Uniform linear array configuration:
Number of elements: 4
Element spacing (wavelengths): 0.75
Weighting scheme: exponential
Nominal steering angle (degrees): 0
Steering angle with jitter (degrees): -1.589
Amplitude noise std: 0.05
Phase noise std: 0.05

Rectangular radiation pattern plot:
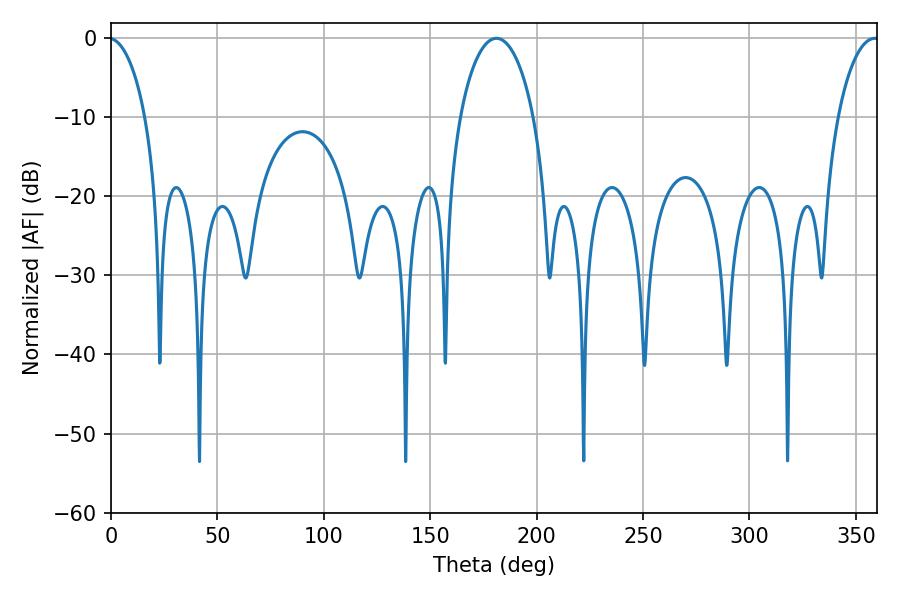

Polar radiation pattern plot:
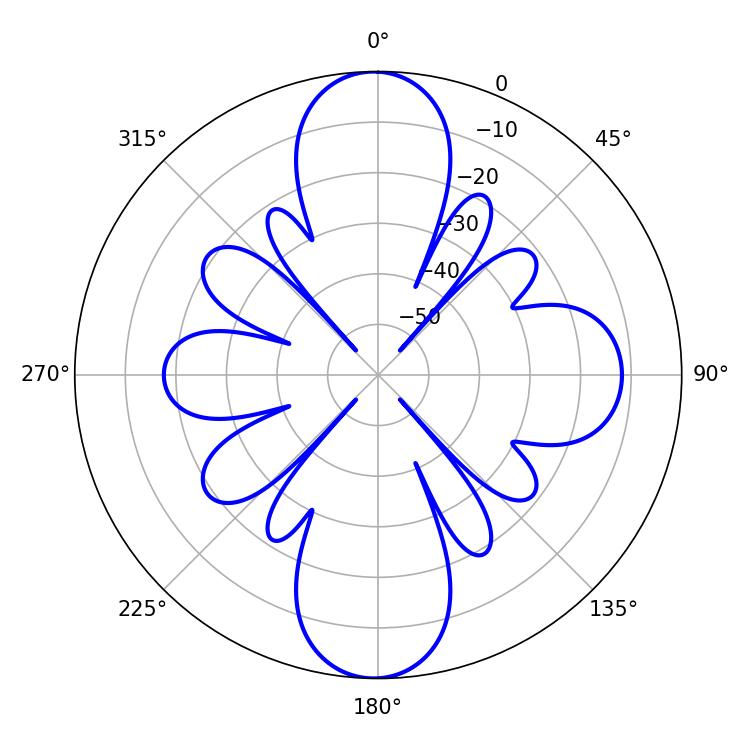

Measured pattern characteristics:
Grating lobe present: TRUE
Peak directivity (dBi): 24.331
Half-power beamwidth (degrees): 19.8
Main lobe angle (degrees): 181.08